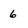
Character: 6